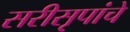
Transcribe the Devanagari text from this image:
सरीसृपांचे